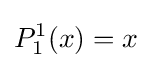
P_{1}^{1}(x)=x